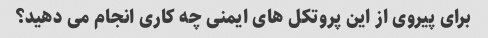
برای پیروی از این پروتکل های ایمنی چه کاری انجام می دهید؟